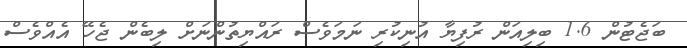
ބަޖެޓުން 1.6 ބިލިއަން ރުފިޔާ އުނިކުރި ނަމަވެސް ރައްޔިތުންނަށް ލިބެން ޖެހޭ އެއްވެސް